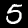
Label: 5